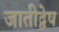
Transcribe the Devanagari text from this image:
जातीद्वेष